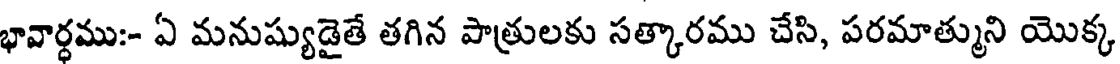
భావార్థము:- ఏ మనుష్యుడైతే తగిన పాత్రులకు సత్కారము చేసి, పరమాత్ముని యొక్క